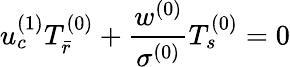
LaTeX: u_{c}^{(1)}T_{\bar{r}}^{(0)}+\frac{w^{(0)}}{\sigma^{(0)}}T_{s}^{(0)}=0